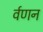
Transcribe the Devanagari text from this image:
र्वणन